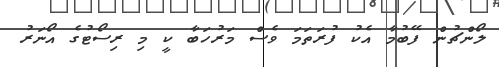
ލޯންޗުން ފޭބުމާ އެކު ފުރަތަމަ ވެސް މަރުހަބާ ކީ މި ރިސޯޓުގެ އޯނަރު